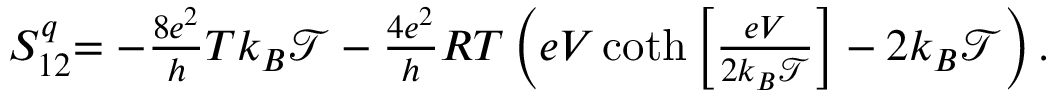
\begin{array} { r } { { S _ { 1 2 } ^ { q } } { = - \frac { 8 e ^ { 2 } } { h } T k _ { B } \mathcal { T } - \frac { 4 e ^ { 2 } } { h } R T \left( e V \coth \left[ \frac { e V } { 2 k _ { B } \mathcal { T } } \right] - 2 k _ { B } \mathcal { T } \right) . } } \end{array}